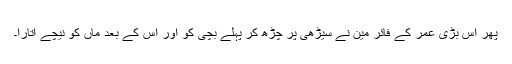
پھر اس بڑی عمر کے فائر مین نے سیڑھی پر چڑھ کر پہلے بچی کو اور اس کے بعد ماں کو نیچے اتارا۔